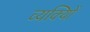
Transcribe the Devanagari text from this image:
व्यक्याेिं